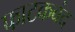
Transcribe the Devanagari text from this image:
फाटकबंद